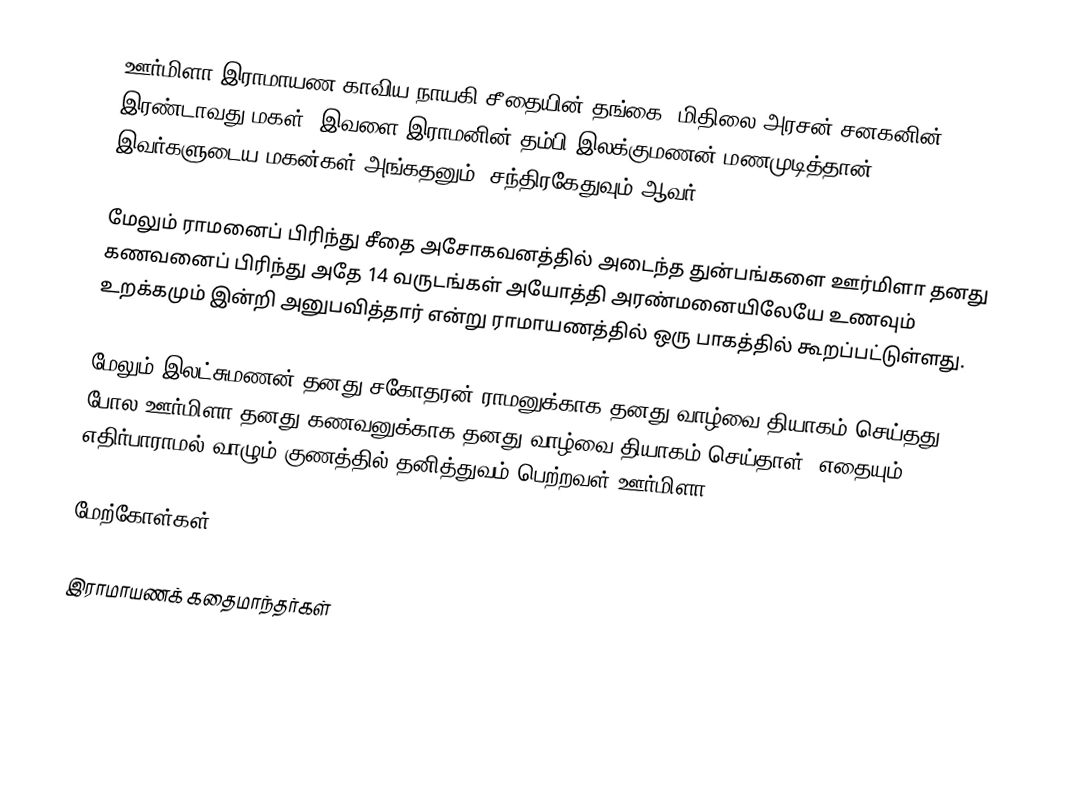
ஊர்மிளா இராமாயண காவிய நாயகி சீதையின் தங்கை. மிதிலை அரசன்  சனகனின் இரண்டாவது மகள். இவளை இராமனின் தம்பி இலக்குமணன் மணமுடித்தான். இவர்களுடைய மகன்கள் அங்கதனும், சந்திரகேதுவும் ஆவர்.

மேலும் ராமனைப் பிரிந்து சீதை அசோகவனத்தில் அடைந்த துன்பங்களை ஊர்மிளா தனது கணவனைப் பிரிந்து அதே 14 வருடங்கள் அயோத்தி அரண்மனையிலேயே உணவும் உறக்கமும் இன்றி அனுபவித்தார் என்று ராமாயணத்தில் ஒரு பாகத்தில் கூறப்பட்டுள்ளது.

மேலும் இலட்சுமணன் தனது சகோதரன் ராமனுக்காக தனது வாழ்வை தியாகம் செய்தது போல ஊர்மிளா தனது கணவனுக்காக தனது வாழ்வை தியாகம் செய்தாள். எதையும் எதிர்பாராமல் வாழும் குணத்தில் தனித்துவம் பெற்றவள் ஊர்மிளா.

மேற்கோள்கள்

இராமாயணக் கதைமாந்தர்கள்